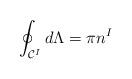
LaTeX: \begin{align*}\oint_{{\cal C}^{I}}d\Lambda = \pi n^{I}\end{align*}